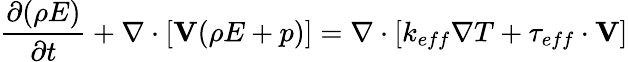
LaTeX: \frac{\partial(\rho E)}{\partial t}+\nabla\cdot[\textbf{V}(\rho E+p)]=\nabla\cdot\left[k_{eff}\nabla T+\tau_{eff}\cdot\textbf{V}\right]